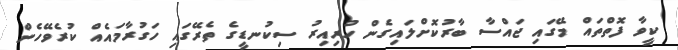
ކީވާ ފޮތްތައް މޭގައި ޖައްސާ ބާރުކޮށްލައިގެން ހުރިއިރު ސިކުނޑީގެ ތެރޭގައި ހަގުރާމައެއް ކުރެވޭހެން